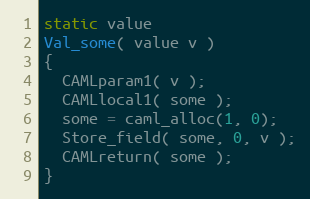
Language: C
static value
Val_some( value v )
{
  CAMLparam1( v );
  CAMLlocal1( some );
  some = caml_alloc(1, 0);
  Store_field( some, 0, v );
  CAMLreturn( some );
}